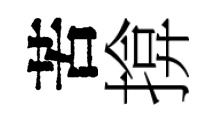
苦揜